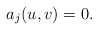
\begin{align*}a_{j}(u,v)=0.\end{align*}